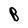
Character: B